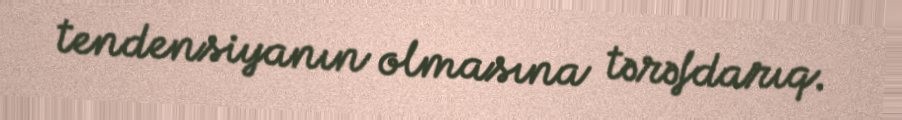
tendensiyanın olmasına tərəfdarıq.